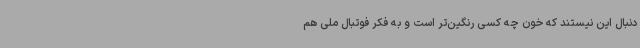
دنبال این نیستند که خون چه‌ کسی رنگین‌تر است و به فکر فوتبال ملی هم